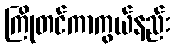
ကြိုတင်ကာကွယ်နည်း